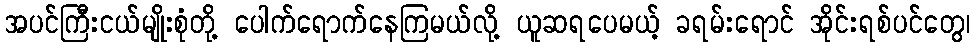
အပင်ကြီးငယ်မျိုးစုံတို့ ပေါက်ရောက်နေကြမယ်လို့ ယူဆရပေမယ့် ခရမ်းရောင် အိုင်းရစ်ပင်တွေ၊